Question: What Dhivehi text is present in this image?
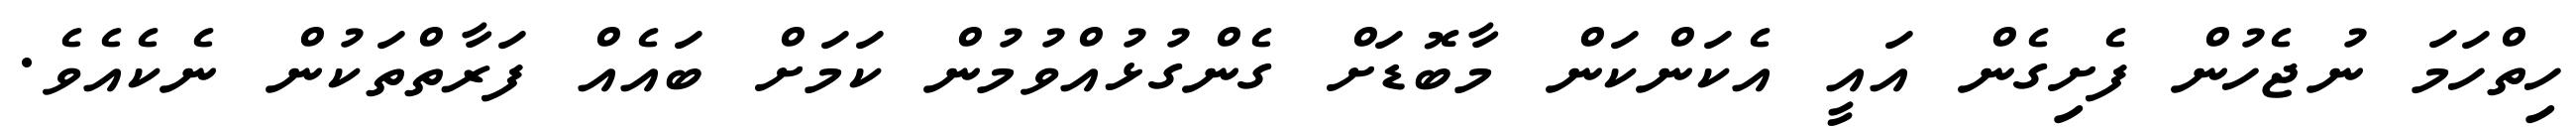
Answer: ހިތްހަމަ ނުޖެހުން ފެށިގެން އައީ އެކަންކަން މާބޮޑަށް ގެންގުޅުއްވުމުން ކަމަށް ބައެއް ފަރާތްތަކުން ނެކެއެވެ.